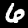
Digit: 6